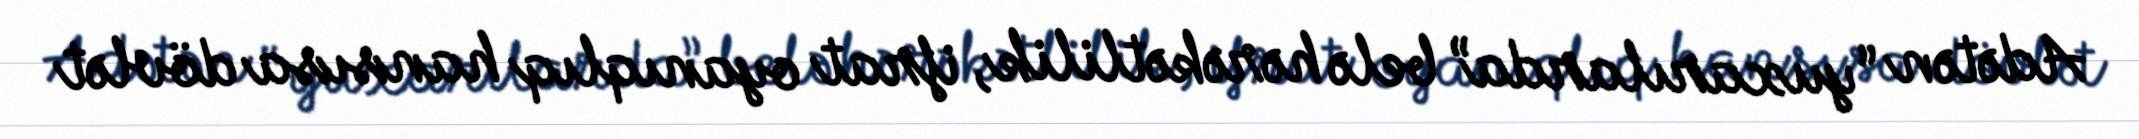
Adətən “yuxarılarda” belə hərəkətlilik, ifrat oyanıqlıq hansısa dövlət